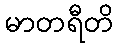
မာတရီတိ